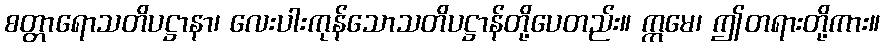
စတ္တာရောသတိပဋ္ဌာနာ၊ လေးပါးကုန်သောသတိပဋ္ဌာန်တို့ပေတည်း။ ဣမေ၊ ဤတရားတို့ကား။